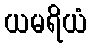
ယမရိယံ